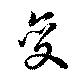
変